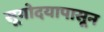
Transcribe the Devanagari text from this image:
सूयोदयापासून